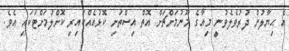
އެ ޙިޔާލުން ދުރުވެލެވުނީ މިއާގެ މޫނުމަށްޗަށް އޮތް އިސްތަށި ކޮޅުއެއްކައިރި ކޮށްލުމަށްޓަކައި އެވެ.